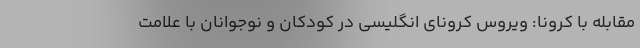
مقابله با کرونا: ویروس کرونای انگلیسی در کودکان و نوجوانان با علامت